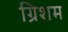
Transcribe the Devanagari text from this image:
ग्रिशम